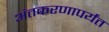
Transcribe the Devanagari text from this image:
अंतकरणापर्यंत